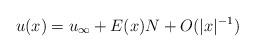
LaTeX: \begin{align*}u(x)=u_\infty+E(x)N+O(|x|^{-1})\end{align*}